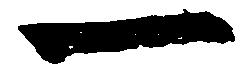
一